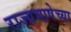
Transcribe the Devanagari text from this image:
राज्यभाषेच्या